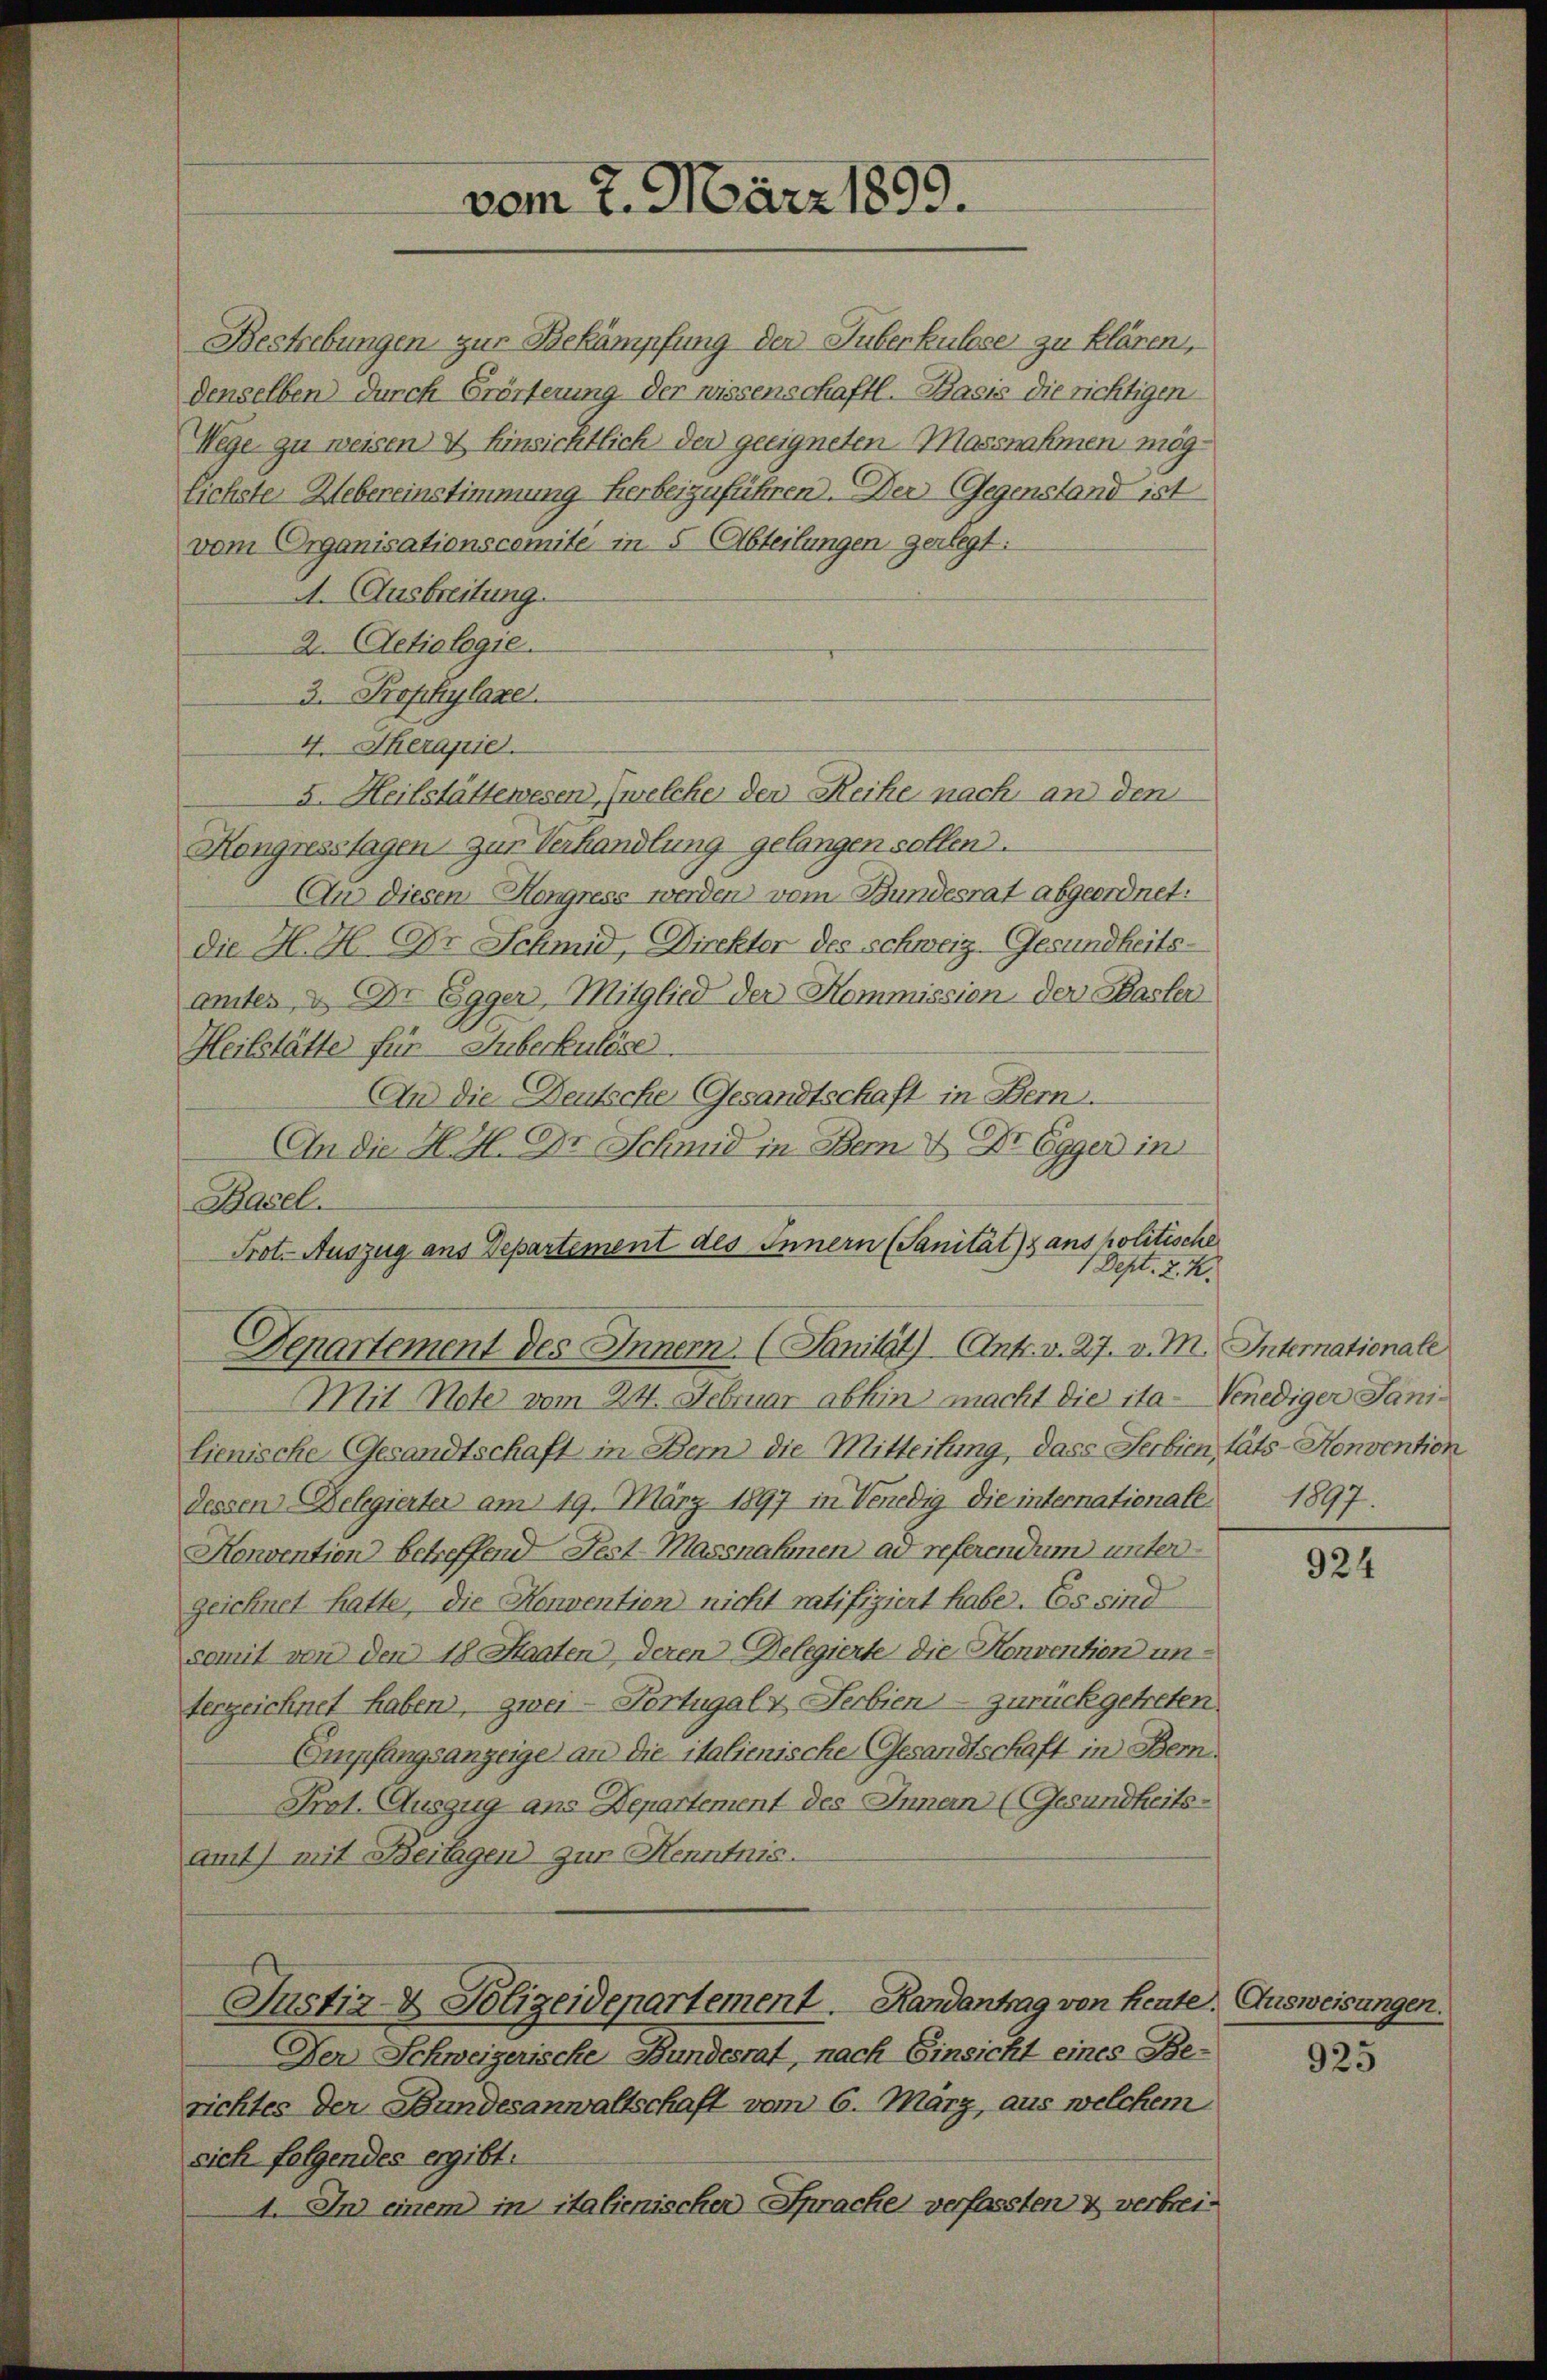
Bestrebungen zur Bekämpfung der Tuberkulose zu klären,
denselben durch Erörterung der wissenschaftl. Basis die richtigen
Wege zu weisen & Einsichtlich der geeigneten Massnahmen mög¬
Eichste Uebereinstimmung herbeizuführen. Der Gegenstand ist
vom Organisationscomité in 5 (Abteilungen geregt:
A. Ausbreitung.
2. Aetiologie.
3. Prophylaxe.
4. Therapie
5. Heilstättewesen, welche der Reihe nach an den
Kongresstagen zur Verhandlung gelangen sollen.
An diesen Hongress werden vom Bundesrat abgeordnet:
die H. H. Dr Schmid, Direktor des schweiz. Gesundheits-
amtes & Dr Egger, Mitglied der Kommission der Basler
Heilstätte für Guberkulöse.
An die Deutsche Gesandtschaft in Bern.
An die H. H. Dr Schmid in Bem & Dr Egger in
Basel.
Prot. Auszug aus Departement des Innern (Sanität) ans politische
1 Dept. Z. Z.
Derartement des Innern. (Sanität) Antr. v. 27. v. M. Internationale
Mit Note vom 24. Februar abhin macht die ita-Venediger Janilienische Gesandtschaft in Dem die Mitteilung, dass Serbien täts-Konvention
dessen Delegierter am 19. März 1897 in Venedig die internationate 1897.
Konvention betreffend Fest-Massnahmen ad referendum untergeichnet hatte, die Konvention nicht ratifiziert habe. Es sind
somit von den 18 Staaten, deren Delegierte die Konvention unterzeichnet haben, zwei - Fortugal & Serbien zurückgetreten.
Empfangsanzeige an die italienische Gesandtschaft in Bern.
Prot. Auszug ans Departement des Innern (Gesundheitsamt) mit Beilagen zur Kenntnis.
Justiz- & Polizeidepartement. Handantrag von heute.
Der Schweizerische Bundesrat, nach Einsicht eines Berichtes der Bundesanwaltschaft vom 6. März, aus welchem
sich folgendes ergibt.
4. In einem in italienischer Sprache verfassten & verbrei¬

vom 7. März 1899.

924

Ausweisungen.

925